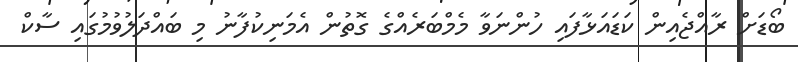
ބޯޑަށް ރާއްޖެއިން ކަޑައަޅާފައި ހުންނަވާ މެމްބަރެއްގެ ގޮތުން އެމަނިކުފާނު މި ބައްދަލުވުމުގައި ސާކް